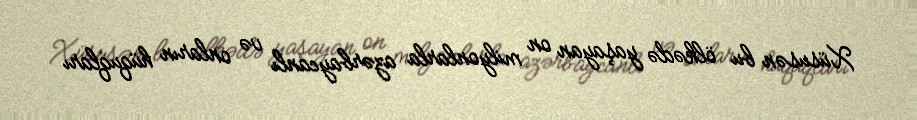
Xüsusən bu ölkədə yaşayan on milyonlarla azərbaycanlı və onların hüquqları